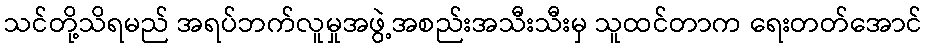
သင်တို့သိရမည် အရပ်ဘက်လူမှုအဖွဲ့အစည်းအသီးသီးမှ သူထင်တာက ရေးတတ်အောင်